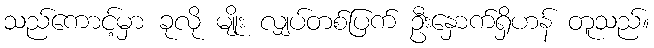
သည်ကောင့်မှာ ခုလို မျိုး လျှပ်တစ်ပြက် ဦးနှောက်ရှိဟန် တူသည်။